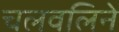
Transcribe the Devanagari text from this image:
चलवलिने